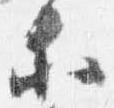
等